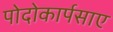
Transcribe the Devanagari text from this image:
पोदोकार्पसाए